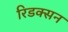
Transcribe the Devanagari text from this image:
रिडक्सन